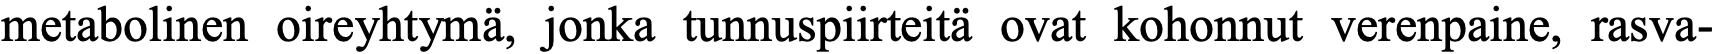
metabolinen oireyhtymä, jonka tunnuspiirteitä ovat kohonnut verenpaine, rasva-